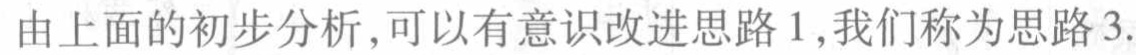
由上面的初步分析,可以有意识改进思路1,我们称为思路3.